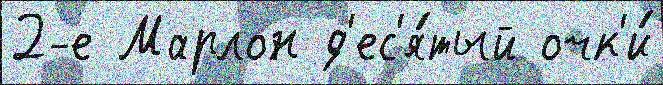
2-е Марлон д'ес'я́тый очк'и́